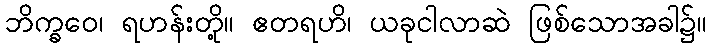
ဘိက္ခဝေ၊ ရဟန်းတို့။ ဧတရဟိ၊ ယခုငါလာဆဲ ဖြစ်သောအခါ၌။